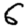
Digit: 6